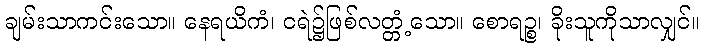
ချမ်းသာကင်းသော။ နေရယိကံ၊ ငရဲ၌ဖြစ်လတ္တံ့သော။ စောရဉ္စ၊ ခိုးသူကိုသာလျှင်။